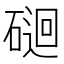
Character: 𥔯